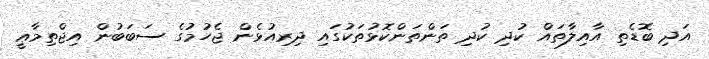
އަދި ބޮޑެތި އާއިލާތައް ކުދި ކުދި ތަންތަންކޮޅުތަކުގައި ދިރިއުޅެން ޖެހުމުގެ ސަބަބުން އިޖްތިމާޢީ